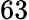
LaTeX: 63